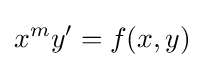
x^{m}y'=f(x,y)